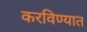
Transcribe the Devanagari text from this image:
करविण्यात